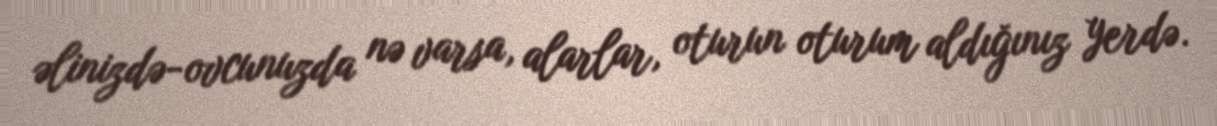
əlinizdə-ovcunuzda nə varsa, alarlar, oturun oturum aldığınız yerdə.